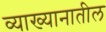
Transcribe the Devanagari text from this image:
व्याख्यानातील